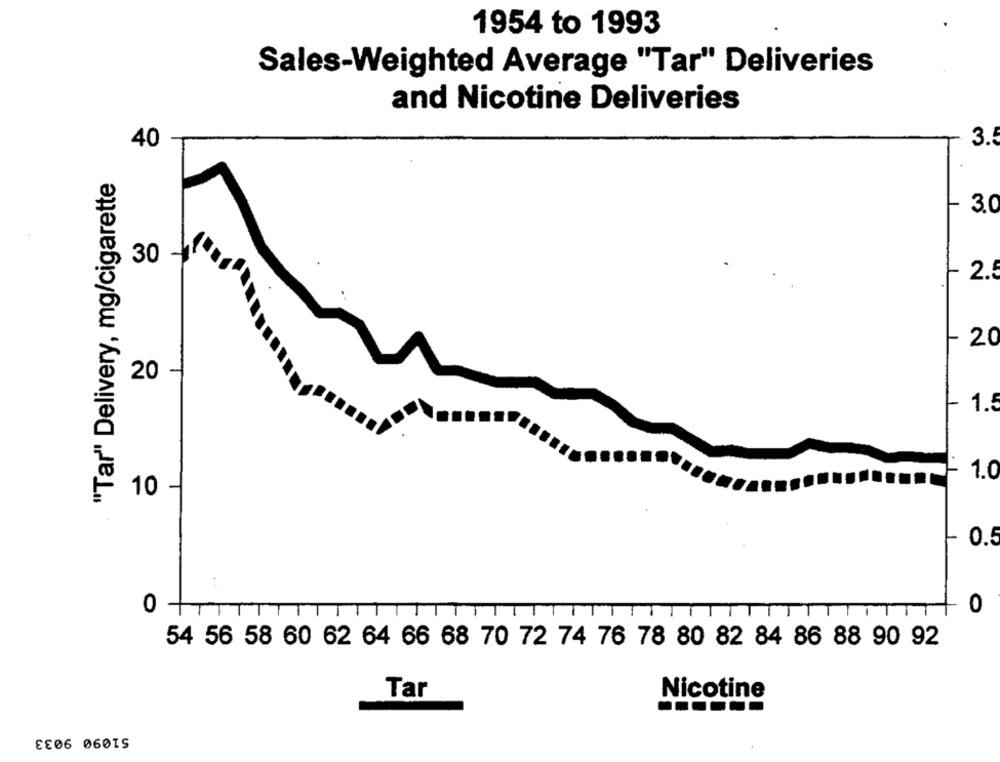
1954 to 1993
Sales-Weighted Average "Tar" Deliveries
and Nicotine Deliveries
40
3.5
"Tar" Delivery, mg/cigarette
3.0
30
2.5
20
20
-
1.5
1.0
10 -
0.5
..
0
0 -
54 56 58 60 62 64 66 68 70 72 74 76 78 80 82 84 86 88 90 92
Tar
Nicotine
51090 9033